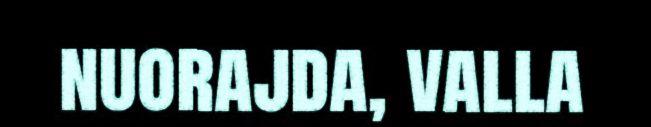
nuorajda, valla